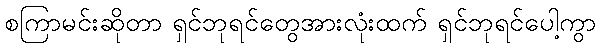
စကြာမင်းဆိုတာ ရှင်ဘုရင်တွေအားလုံးထက် ရှင်ဘုရင်ပေါ့ကွာ